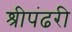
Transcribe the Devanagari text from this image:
श्रीपंढरी